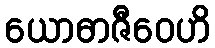
ယောဓာဇီဝေဟိ